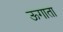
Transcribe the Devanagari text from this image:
ऊगाता